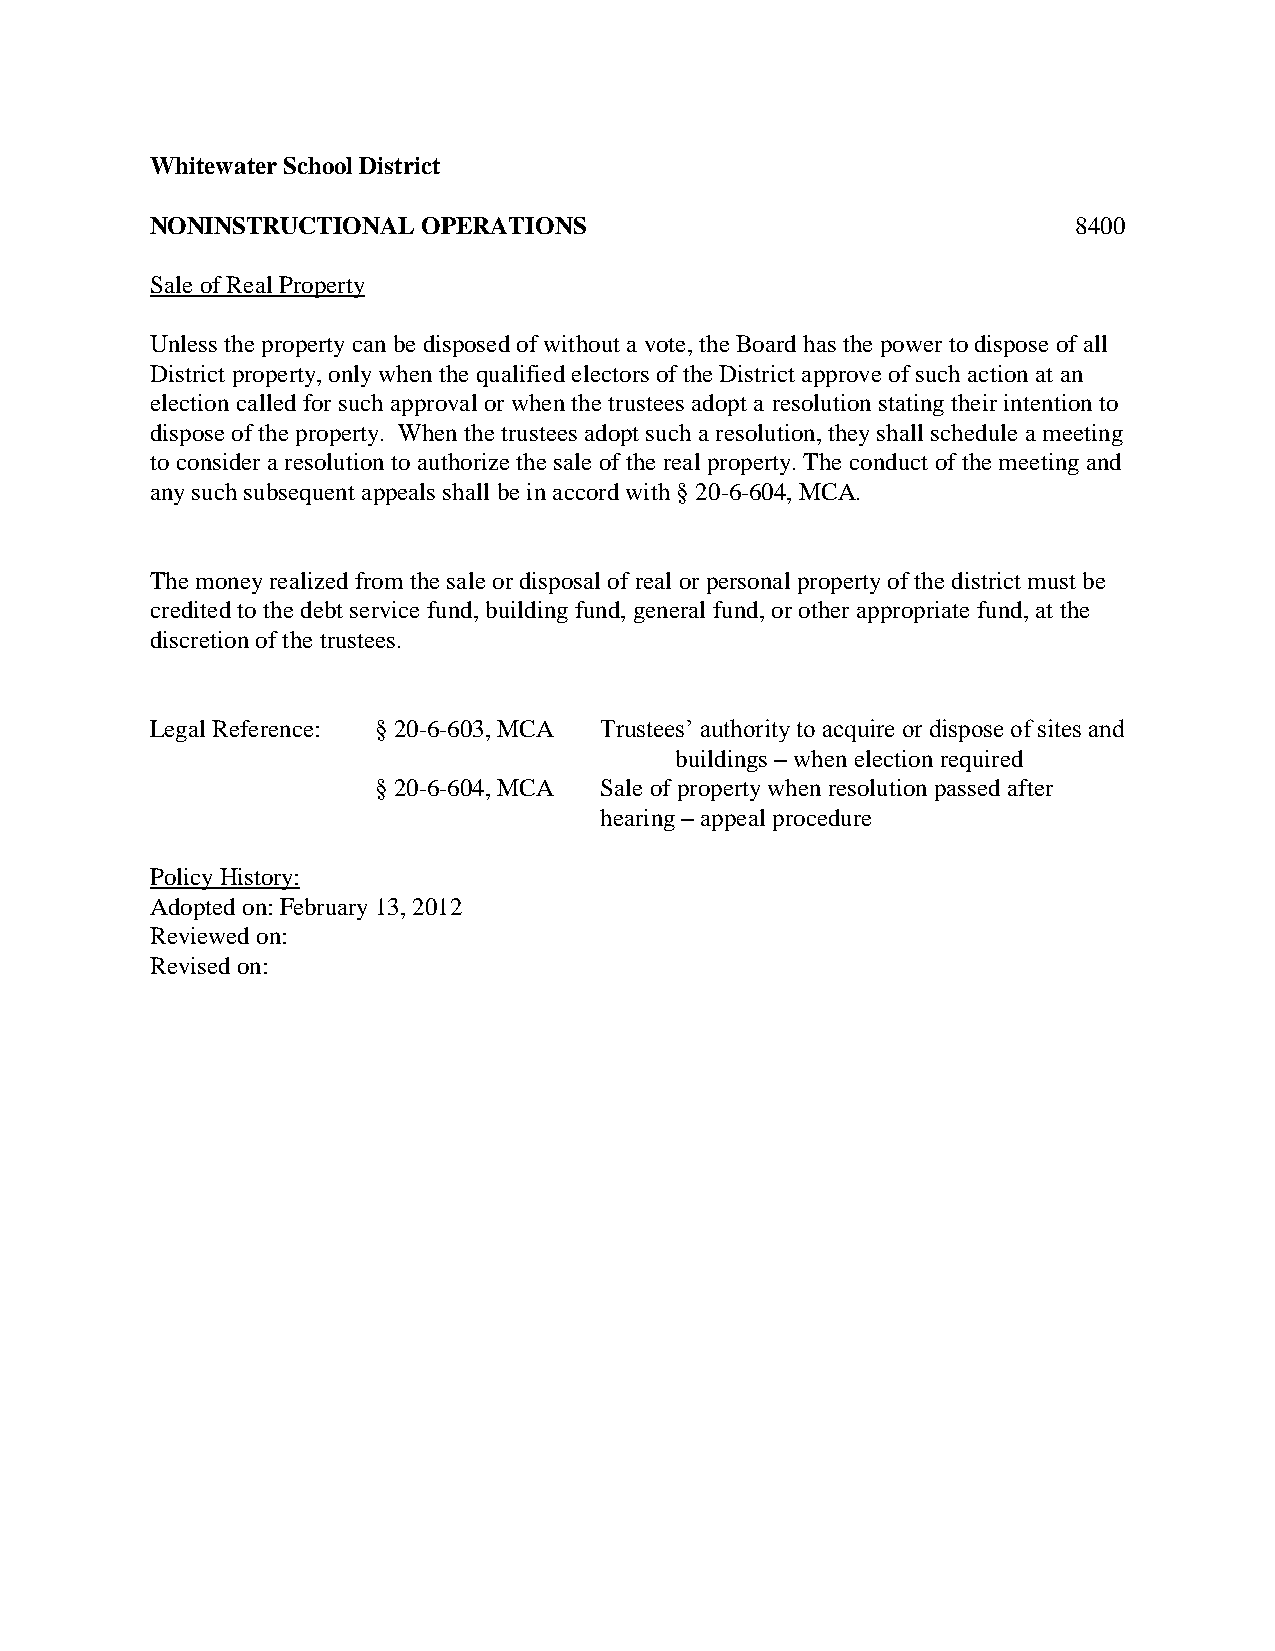
Whitewater School District
 NONINSTRUCTIONAL  OPERATIONS                                 8400
 Sale of Real Property
 Unless the property can be disposed of without a vote, the Board has the power to dispose of all
 District property, only when the qualified electors of the District approve of such action at an
 election called for such approval or when the trustees adopt a resolution stating their intention to
 dispose of the property. When the trustees adopt such a resolution, they shall schedule a meeting
 to consider a resolution to authorize the sale of the real property. The conduct of the meeting and
 any such subsequent appeals shall be in accord with § 20-6-604, MCA.
 The money realized from the sale or disposal of real or personal property of the district must be
 credited to the debt service fund, building fund, general fund, or other appropriate fund, at the
 discretion of the trustees.
 Legal Reference: § 20-6-603, MCA Trustees’ authority to acquire or dispose of sites and
 buildings – when election required
 § 20-6-604, MCA Sale of property when resolution passed after
 hearing – appeal procedure
 Policy History:
 Adopted on: February 13, 2012
 Reviewed on:
 Revised on: